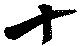
十